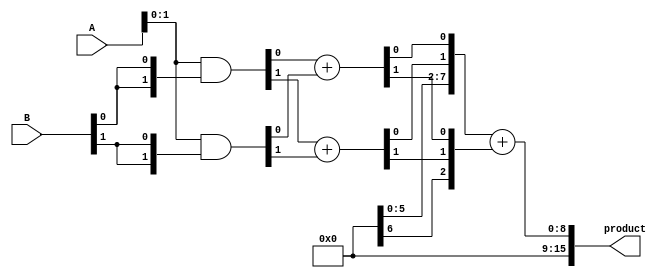
module AdaptiveWallaceTreeMultiplier #(parameter N = 8) (
    input [N-1:0] A,
    input [N-1:0] B,
    output reg [2*N-1:0] product
);

    // Partial product generation
    wire [N-1:0] partial_products [0:N-1];
    genvar i;
    generate
        for (i = 0; i < N; i = i + 1) begin : pp_gen
            assign partial_products[i] = A & {N{B[i]}};
        end
    endgenerate

    // Wallace tree compression
    wire [N-1:0] sum [0:N-1];
    wire [N-1:0] carry [0:N-1];
    wire [N-1:0] final_sum;
    wire [N-1:0] final_carry;

    // Initial stage of Wallace tree
    generate
        for (i = 0; i < N; i = i + 1) begin : wallace_tree
            if (i < N-1) begin
                // Use half adders for the first two partial products
                assign {carry[i][0], sum[i][0]} = partial_products[i][0] + partial_products[i+1][0];
                assign {carry[i][1], sum[i][1]} = partial_products[i][1] + partial_products[i+1][1];
                // Continue for other bits...
                // This is a simplified version; you would need to handle all bits and carry propagation
            end
        end
    endgenerate

    // Final addition stage
    // Using a simple carry propagate adder (CPA) for the last stage
    always @(*) begin
        product = 0; // Initialize product
        // Combine all sums and carries to produce final product
        // This is a simplified example; you would need to implement the full CPA logic
        product = sum[0] + carry[0]; // Example of combining first sum and carry
        // Continue combining all sums and carries...
    end

endmodule